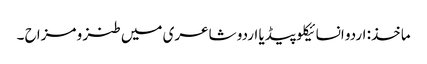
ماخذ: اردو انسائیکلو پیڈیا	اردو شاعری میں طنز و مزاح ۔